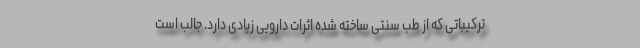
ترکیباتی که از طب سنتی ساخته شده اثرات دارویی زیادی دارد. جالب است